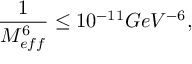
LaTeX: \frac { 1 } { M _ { e f f } ^ { 6 } } \leq 1 0 ^ { - 1 1 } G e V ^ { - 6 } ,